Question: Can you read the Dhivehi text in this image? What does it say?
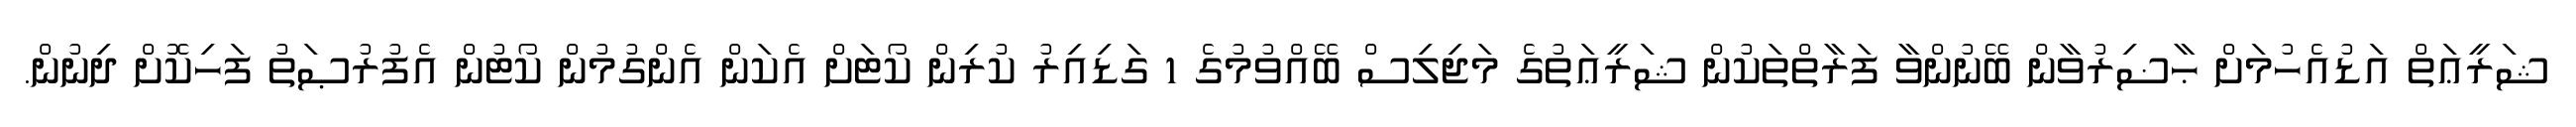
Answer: ޝަރީޢަތް އަޑުއެހުމަށް ޙާޟިރުވާން ބޭނުންވާ ފަރާތްތަކުން ޝަރީޢަތުގެ މަޖިލިސް ބޭއްވުމުގެ 1 ގަޑިއިރު ކުރިން ކޯޓަށް އެކަން އެންގުމުން ކޯޓުން އެފުރުޞަތު ފަހިކޮށް ދިނުން.